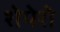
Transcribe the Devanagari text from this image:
शेपेरो